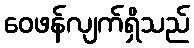
ဝေဖန်လျက်ရှိသည်